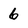
Character: 6